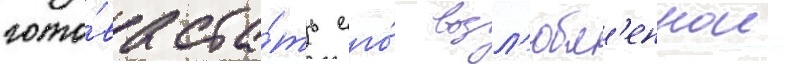
гото́ва ста́ть его́ возл'юбл'еннои